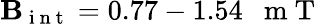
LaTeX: \mathbf{B}_{\mathrm{{~i~n~t~}}}=0.77-1.54\mathrm{{~~~m~T~}}